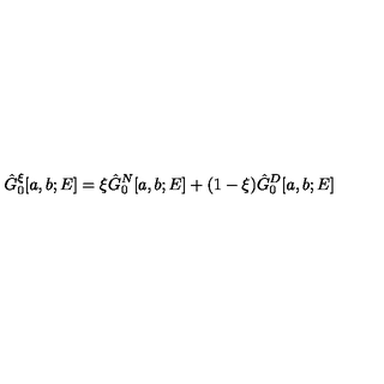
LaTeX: \hat { G } _ { 0 } ^ { \xi } [ a , b ; E ] = \xi \hat { G } _ { 0 } ^ { N } [ a , b ; E ] + ( 1 - \xi ) \hat { G } _ { 0 } ^ { D } [ a , b ; E ]